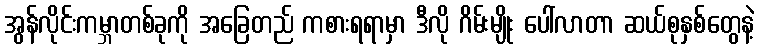
အွန်လိုင်းကမ္ဘာတစ်ခုကို အခြေတည် ကစားရရာမှာ ဒီလို ဂိမ်းမျိုး ပေါ်လာတာ ဆယ်စုနှစ်တွေနဲ့